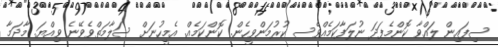
ސިފައިން ލައްވާ ކޮންމެފަދަ ނުލަފާކަމެއްވެސ ކުރުމަންވީހެން. ކޮންކަމެއް. އެމީހުނަށް ސަލާމަތްވެވޭނެ ވިއްޔަ. މާދަމާ